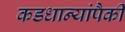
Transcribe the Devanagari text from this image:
कडधान्यांपैकी